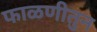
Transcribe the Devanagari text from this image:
फाळणीतुन